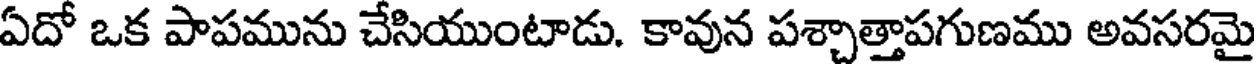
ఏదో ఒక పాపమును చేసియుంటాడు. కావున పశ్చాత్తాపగుణము అవసరమై